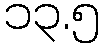
၁၃.၅